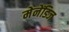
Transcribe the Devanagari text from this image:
मेनेंडिज